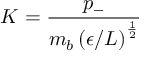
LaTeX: K = \frac { p _ { - } } { m _ { b } \left( \epsilon / L \right) ^ { \frac { 1 } { 2 } } }